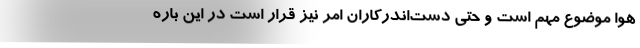
هوا موضوع مهم است و حتی دست‌اندرکاران امر نیز قرار است در این باره